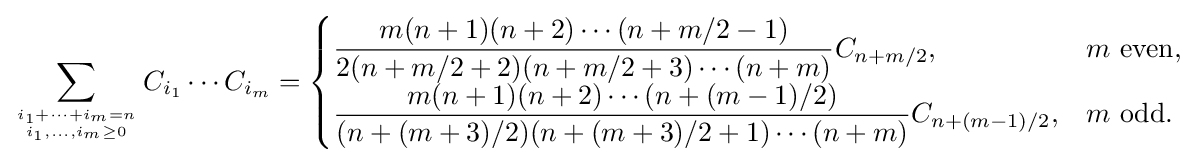
\sum _{i_{1}+\cdots +i_{m}=n \atop i_{1},\ldots ,i_{m}\geq 0}C_{i_{1}}\cdots C_{i_{m}}={\begin{cases}{\dfrac {m(n+1)(n+2)\cdots (n+m/2-1)}{2(n+m/2+2)(n+m/2+3)\cdots (n+m)}}C_{n+m/2},&m{\text{ even,}}\\[5pt]{\dfrac {m(n+1)(n+2)\cdots (n+(m-1)/2)}{(n+(m+3)/2)(n+(m+3)/2+1)\cdots (n+m)}}C_{n+(m-1)/2},&m{\text{ odd.}}\end{cases}}